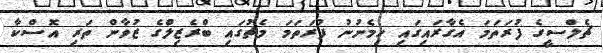
ޗެލްސީގެ ފުރަތަމަ އެގާރައިގައި ހިމެނުނު ފުރަތަމަ މެޗުގައި ބްރެޒިލްގެ ޒުވާން ތަރި އޮސްކާ